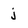
Character: j